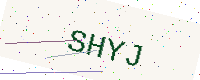
Text: SHYJ